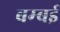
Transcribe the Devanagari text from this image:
बम्‍बई